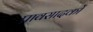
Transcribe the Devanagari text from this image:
प्रावसादकों